Vaccination Hyderabad 1890-1903 - 1890-1903
Year: 1890
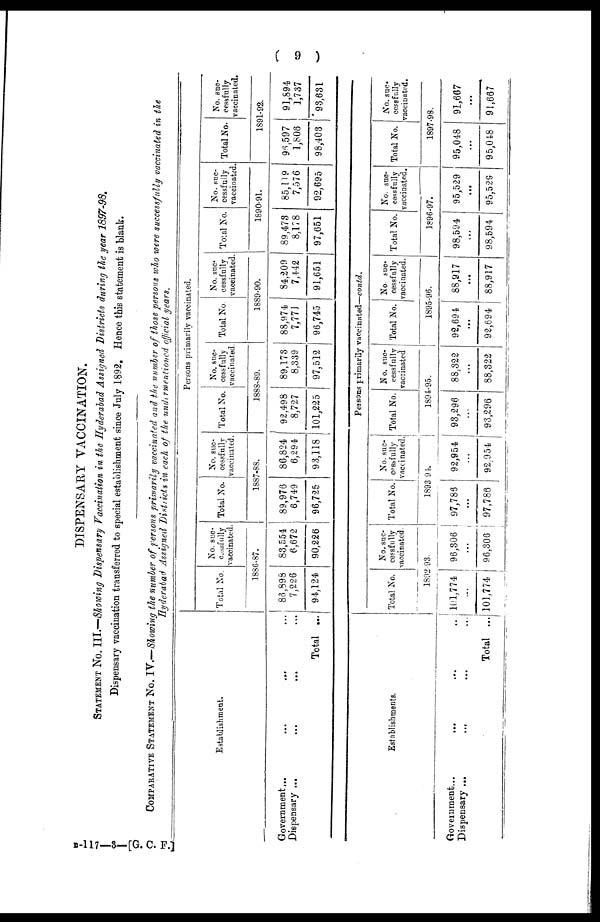
( 9 )
DISPENSARY VACCINATION.
STATEMENT No. III.—Showing Dispensary Vaccination in the Hyderabad Assigned Districts during the year 1897-98.
Dispensary vaccination transferred to special establishment since July 1892. Hence this statement is blank.
COMPARATIVE STATEMENT No. IV.—Showing the number of persons primarily vaccinated and the number of those persons who were successfully vaccinated in the
Hyderabad Assigned Districts in each of the undermentioned official years.
Establishment.
Government... ... ... ...
Dispensary ... ... ... ...
Total ...
Persons primarily vaccinated.
Total No.
No. suc-
cessfully
vaccinated.
1886-87.
86,898
7,226
94,124
83,554
6,672
90,226
Total No.
No. suc-
cessfully
vaccinated.
1887-88.
89,976
6,749
96,725
86,824
6,294
93,118
Total No.
No. suc-
cessfully
vaccinated.
1888-89.
92,498
8,727
101,225
89,173
8,339
97,512
Total No.
No. suc¬
cessfully
vaccinated.
1889-90.
88,974
7,771
96,745
84,209
7,442
91,651
Total No.
No. suc-
cessfully
vaccinated.
1890-91.
89,473
8,178
97,651
85,119
7,576
92,695
Total No.
No. suc-
cessfully
vaccinated.
1891-92.
96,597
1,806
98,403
91,894
1,737
93,631
Establishments.
Government...
... ... ...
Dispensary...
... ... ...
Total ...
Persons primarily vaccinated—contd.
Total No.
No. suc-
cessfully
vaccinated.
1892-93.
101,774
...
101,774
96,306
...
96,306
Total No.
No. suc-
cessfully
vaccinated.
1893-94.
97,786
...
97,786
92,954
...
92,954
Total No.
No. suc-
cessfully
vaccinated
1894-95.
93,296
...
93,296
88,322
...
88,322
Total No.
No. suc-
cessfully
vaccinated.
1895-96.
92,694
...
92,694
88,917
...
88,917
Total No.
No. suc-
cessfully
vaccinated.
1896-97.
98,594
...
98,594
95,529
...
95,529
Total No.
No. suc¬
cess fully
vaccinated.
1897-98.
95,048
...
95,048
91,667
...
91,667
B-117—3— [G.C. F.]